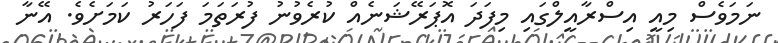
ނަމަވެސް މިއީ އިސްރާއީލްގައި މިފަދަ އޮޕަރޭޝަނެއް ކުރެވުނު ފުރަތަމަ ފަހަރު ކަމަށެވެ. އޭނާ